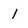
Character: l